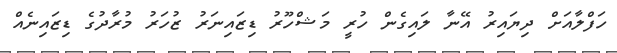
ހަފްލާއަށް ދިޔައިރު އޭނާ ލައިގެން ހުރީ މަޝްހޫރު ޑިޒައިނަރު ޒުހަރު މުރާދުގެ ޑިޒައިނެއް